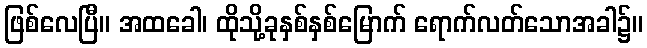
ဖြစ်လေပြီ။ အထခေါ၊ ထိုသို့ခုနှစ်နှစ်မြောက် ရောက်လတ်သောအခါ၌။